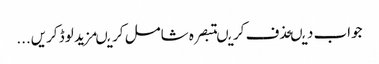
جواب دیںحذف کریںتبصرہ شامل کریںمزید لوڈ کریں...